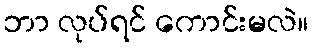
ဘာ လုပ်ရင် ကောင်းမလဲ။